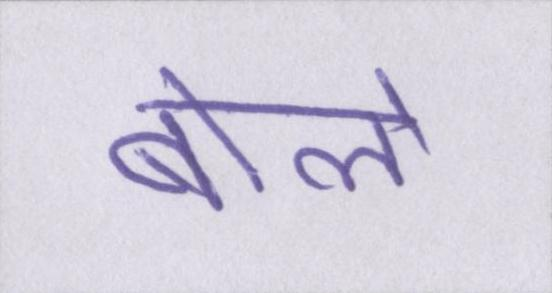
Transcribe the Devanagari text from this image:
बोले